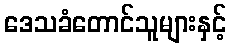
ဒေသခံတောင်သူများနှင့်